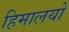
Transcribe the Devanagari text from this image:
हिमालयो